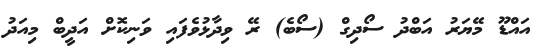
އައްޑޫ މޭޔަރު އަބްދު ސޯދިގް (ސޯބެ) ރޭ ވިދާޅުވެފައި ވަނިކޮށް އަދީބް މިއަދު